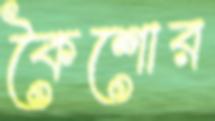
কৈশোর